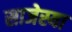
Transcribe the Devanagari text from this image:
साजेस्या